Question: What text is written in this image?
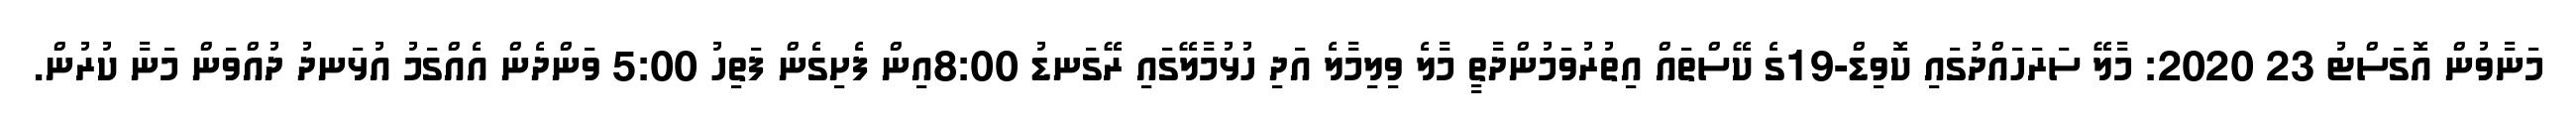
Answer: މަނާވުން އޮގަސްޓު 23 2020: މާލޭ ސަރަހައްދުގައި ކޮވިޑް-19ގެ ކޭސްތައް އިތުރުވަމުންދާތީ މާލެ ވިލިމާލެ އަދި ހުޅުމާލޭގައި ރޭގަނޑު 8:00އިން ފެށިގެން ފަތިހު 5:00 ވަންދެން އެއްގަމު އުޅަނދު ދުއްވަން މަނާ ކުރުން.